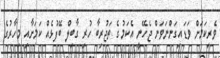
ވެރިކަމަށް ވަޑައިގަންނަވަން ޖެހޭނީ އެކަމުގެ ތަޖުރިބާ ހުރި ގާބިލް ބޭފުޅެއް ކަމަށާއި މިހާރުގެ